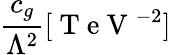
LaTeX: \frac{c_{g}}{\Lambda^{2}}[\mathrm{~T~e~V~}^{-2}]